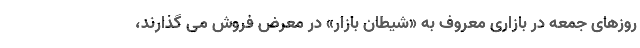
روزهای جمعه در بازاری معروف به «شیطان بازار» در معرض فروش می گذارند،